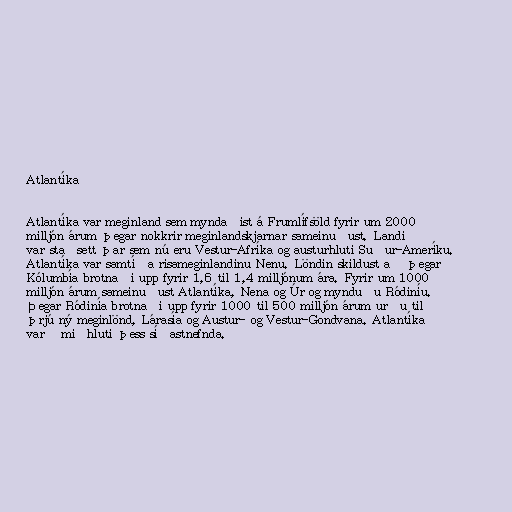
Atlantíka

Atlantíka var meginland sem myndaðist á Frumlífsöld fyrir um 2000
milljón árum þegar nokkrir meginlandskjarnar sameinuðust. Landið
var staðsett þar sem nú eru Vestur-Afríka og austurhluti Suður-Ameríku.
Atlantíka var samtíða risameginlandinu Nenu. Löndin skildust að þegar
Kólumbía brotnaði upp fyrir 1,6 til 1,4 milljónum ára. Fyrir um 1000
milljón árum sameinuðust Atlantíka, Nena og Úr og mynduðu Ródiníu.
Þegar Ródinía brotnaði upp fyrir 1000 til 500 milljón árum urðu til
þrjú ný meginlönd, Lárasía og Austur- og Vestur-Gondvana. Atlantíka
varð miðhluti þess síðastnefnda.